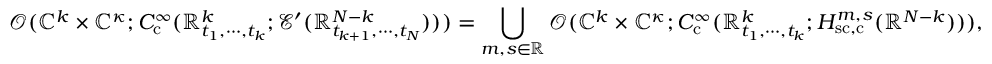
\mathscr { O } ( \mathbb { C } ^ { k } \times \mathbb { C } ^ { \kappa } ; C _ { \mathrm { c } } ^ { \infty } ( \mathbb { R } _ { t _ { 1 } , \cdots , t _ { k } } ^ { k } ; \mathcal { E } ^ { \prime } ( \mathbb { R } _ { t _ { k + 1 } , \cdots , t _ { N } } ^ { N - k } ) ) ) = \bigcup _ { m , s \in \mathbb { R } } \mathscr { O } ( \mathbb { C } ^ { k } \times \mathbb { C } ^ { \kappa } ; C _ { \mathrm { c } } ^ { \infty } ( \mathbb { R } _ { t _ { 1 } , \cdots , t _ { k } } ^ { k } ; H _ { \mathrm { s c , c } } ^ { m , s } ( \mathbb { R } ^ { N - k } ) ) ) ,